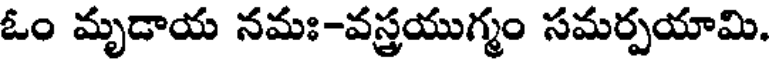
ఓం మృడాయ నమః-వస్త్రయుగ్మం సమర్పయామి.